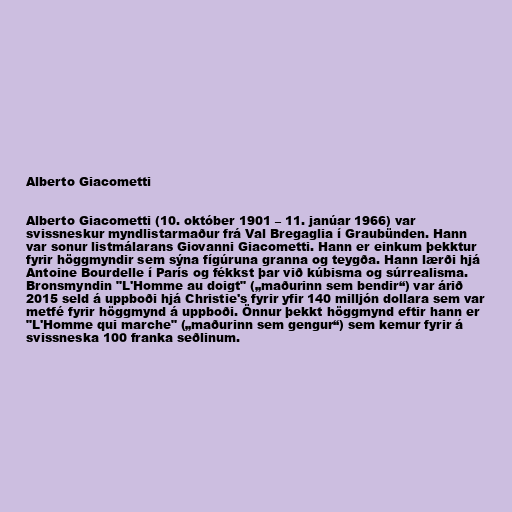
Alberto Giacometti

Alberto Giacometti (10. október 1901 – 11. janúar 1966) var
svissneskur myndlistarmaður frá Val Bregaglia í Graubünden. Hann
var sonur listmálarans Giovanni Giacometti. Hann er einkum þekktur
fyrir höggmyndir sem sýna fígúruna granna og teygða. Hann lærði hjá
Antoine Bourdelle í París og fékkst þar við kúbisma og súrrealisma.
Bronsmyndin "L'Homme au doigt" („maðurinn sem bendir“) var árið
2015 seld á uppboði hjá Christie's fyrir yfir 140 milljón dollara sem var
metfé fyrir höggmynd á uppboði. Önnur þekkt höggmynd eftir hann er
"L'Homme qui marche" („maðurinn sem gengur“) sem kemur fyrir á
svissneska 100 franka seðlinum.